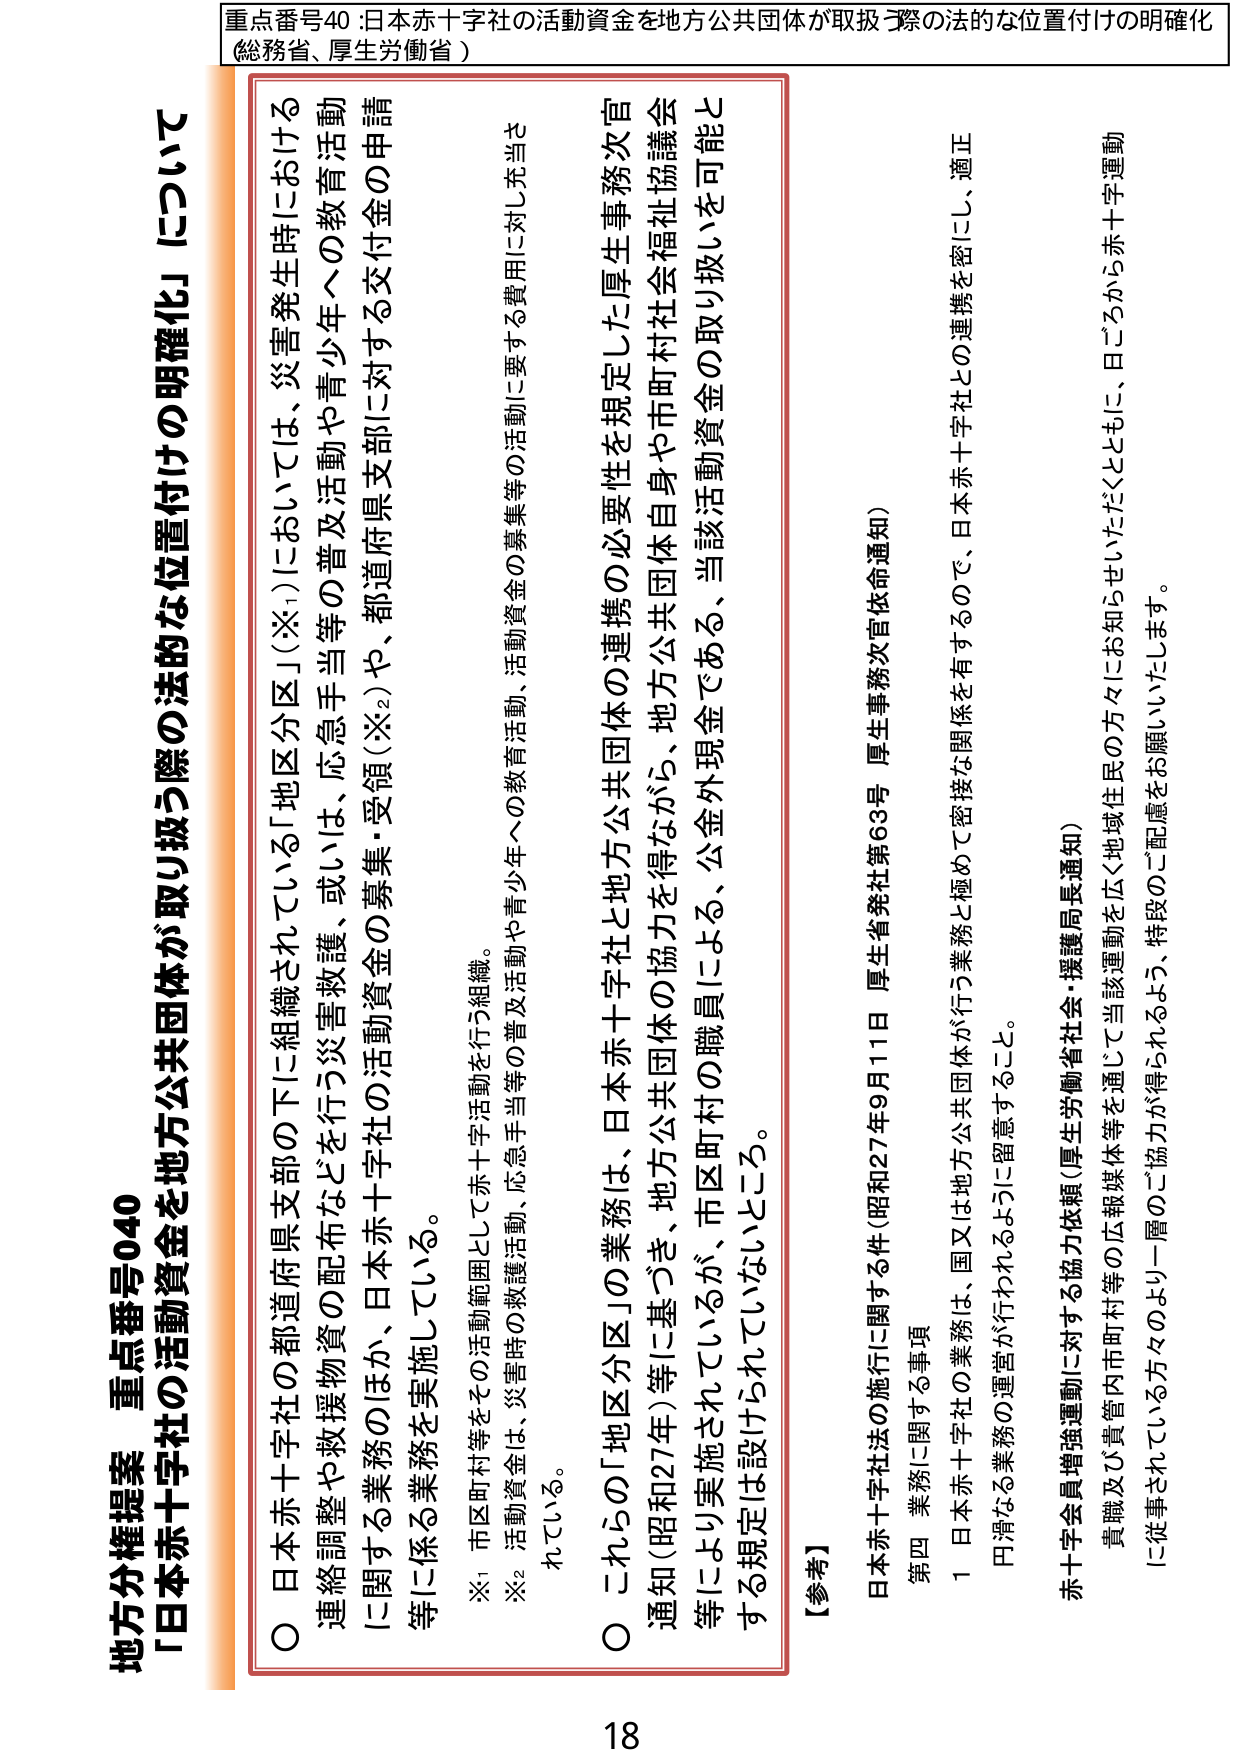
重点番号40：日本赤十字社の活動資金を地方公共団体が取扱う際の法的な位置付けの明確化
（総務省、厚生労働省）

地方分権提案 重点番号040
「日本赤十字社の活動資金を地方公共団体が取り扱う際の法的な位置付けの明確化」について

○ 日本赤十字社の都道府県支部の下に組織されている「地区分区」（※1）においては、災害発生時における
連絡調整や救援物資の配布などを行う災害救護、或いは、応急手当等の普及活動や青少年への教育活動
に関する業務のほか、日本赤十字社の活動資金の募集・受領（※2）や、都道府県支部に対する交付金の申請
等に係る業務を実施している。

※1 市区町村等をその活動範囲として赤十字活動を行う組織。
※2 活動資金は、災害時の救護活動、応急手当等の普及活動、活動資金の募集等の活動に要する費用に対し充当さ
れている。

○ これらの「地区分区」の業務は、日本赤十字社と地方公共団体の連携の必要性を規定した厚生事務次官
通知（昭和27年）等に基づき、地方公共団体の協力を得ながら、地方公共団体自身や市町村社会福祉協議会
等により実施されているが、市区町村の職員による、公金外現金である、当該活動資金の取り扱いを可能と
する規定は設けられていないところ。

【参考】
日本赤十字法の施行に関する件（昭和27年9月11日 厚生省発社第63号 厚生事務次官依命通知）
第四 業務に関する事項
1 日本赤十字社の業務は、国又は地方公共団体が行う業務と極めて密接な関係を有するので、日本赤十字社との連携を密にし、適正
円滑なる業務の運営が行われるように留意すること。
赤十字会員増強運動に対する協力依頼（厚生労働省社会・援護局長通知）
貴職及び貴管内市町村等の広報媒体等を通じて当該運動を広く地域住民の方々にお知らせいただくとともに、日ごろから赤十字運動
に従事されている方々のより一層のご協力が得られるよう、特段のご配慮をお願いいたします。

18